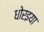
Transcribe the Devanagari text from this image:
धोरइया